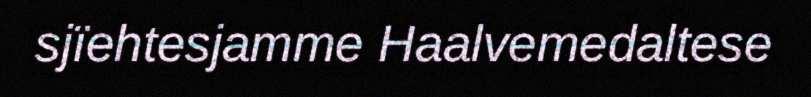
sjïehtesjamme Haalvemedaltese